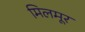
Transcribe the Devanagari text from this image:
मिलमूर